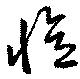
憶